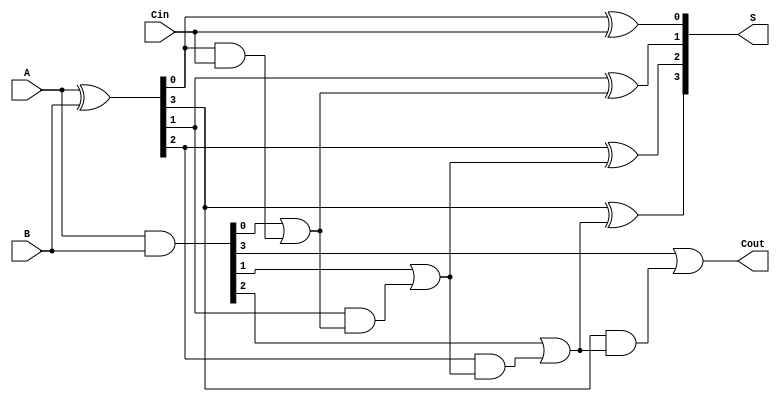
module BrentKungAdder #(parameter n = 4) (
    input  [n-1:0] A,      // First operand
    input  [n-1:0] B,      // Second operand
    input  Cin,            // Carry-in
    output [n-1:0] S,      // Sum output
    output Cout            // Carry-out
);

    // Generate and Propagate signals
    wire [n-1:0] G; // Generate signals
    wire [n-1:0] P; // Propagate signals
    wire [n-1:0] C; // Carry signals

    // Generate and Propagate calculations
    assign G = A & B;        // G[i] = A[i] & B[i]
    assign P = A ^ B;        // P[i] = A[i] ^ B[i]

    // Carry computation using Brent-Kung logic
    genvar i, j;
    generate
        // First stage: compute carries
        for (i = 0; i < n; i = i + 1) begin: carry_stage
            if (i == 0) begin
                assign C[i] = G[i] | (P[i] & Cin); // C[0] = G[0] + (P[0] & Cin)
            end else begin
                assign C[i] = G[i] | (P[i] & C[i-1]); // C[i] = G[i] + (P[i] & C[i-1])
            end
        end
    endgenerate

    // Sum calculation
    assign S[0] = P[0] ^ Cin; // S[0] = P[0] ^ Cin
    generate
        for (i = 1; i < n; i = i + 1) begin: sum_stage
            assign S[i] = P[i] ^ C[i-1]; // S[i] = P[i] ^ C[i-1]
        end
    endgenerate

    // Final carry-out
    assign Cout = C[n-1]; // Cout = C[n-1]

endmodule